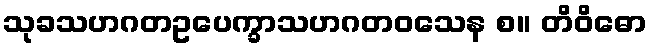
သုခသဟဂတဥပေက္ခာသဟဂတဝသေန စ။ တိဝိဓော